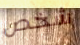
شخص